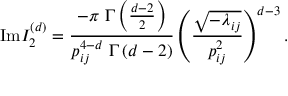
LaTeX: \mathrm { I m } I _ { 2 } ^ { ( d ) } = \frac { - \pi ~ \Gamma \left( \frac { d - 2 } { 2 } \right) } { p _ { i j } ^ { 4 - d } ~ \Gamma \left( d - 2 \right) } \left( \frac { \sqrt { - \lambda _ { i j } } } { p _ { i j } ^ { 2 } } \right) ^ { d - 3 } .